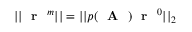
| | \textrm { \textbf { r } } ^ { m } | | = | | p ( \textrm { \textbf { A } } ) \textrm { \textbf { r } } ^ { 0 } | | _ { 2 }